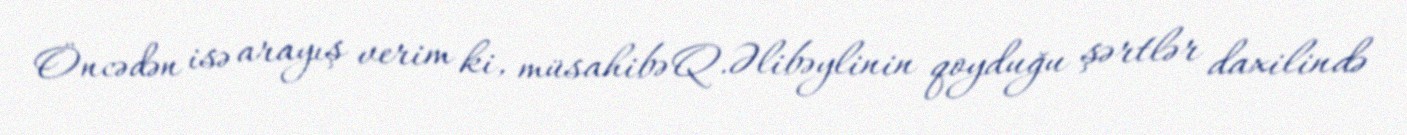
Öncədən isə arayış verim ki, müsahibə Q.Əlibəylinin qoyduğu şərtlər daxilində